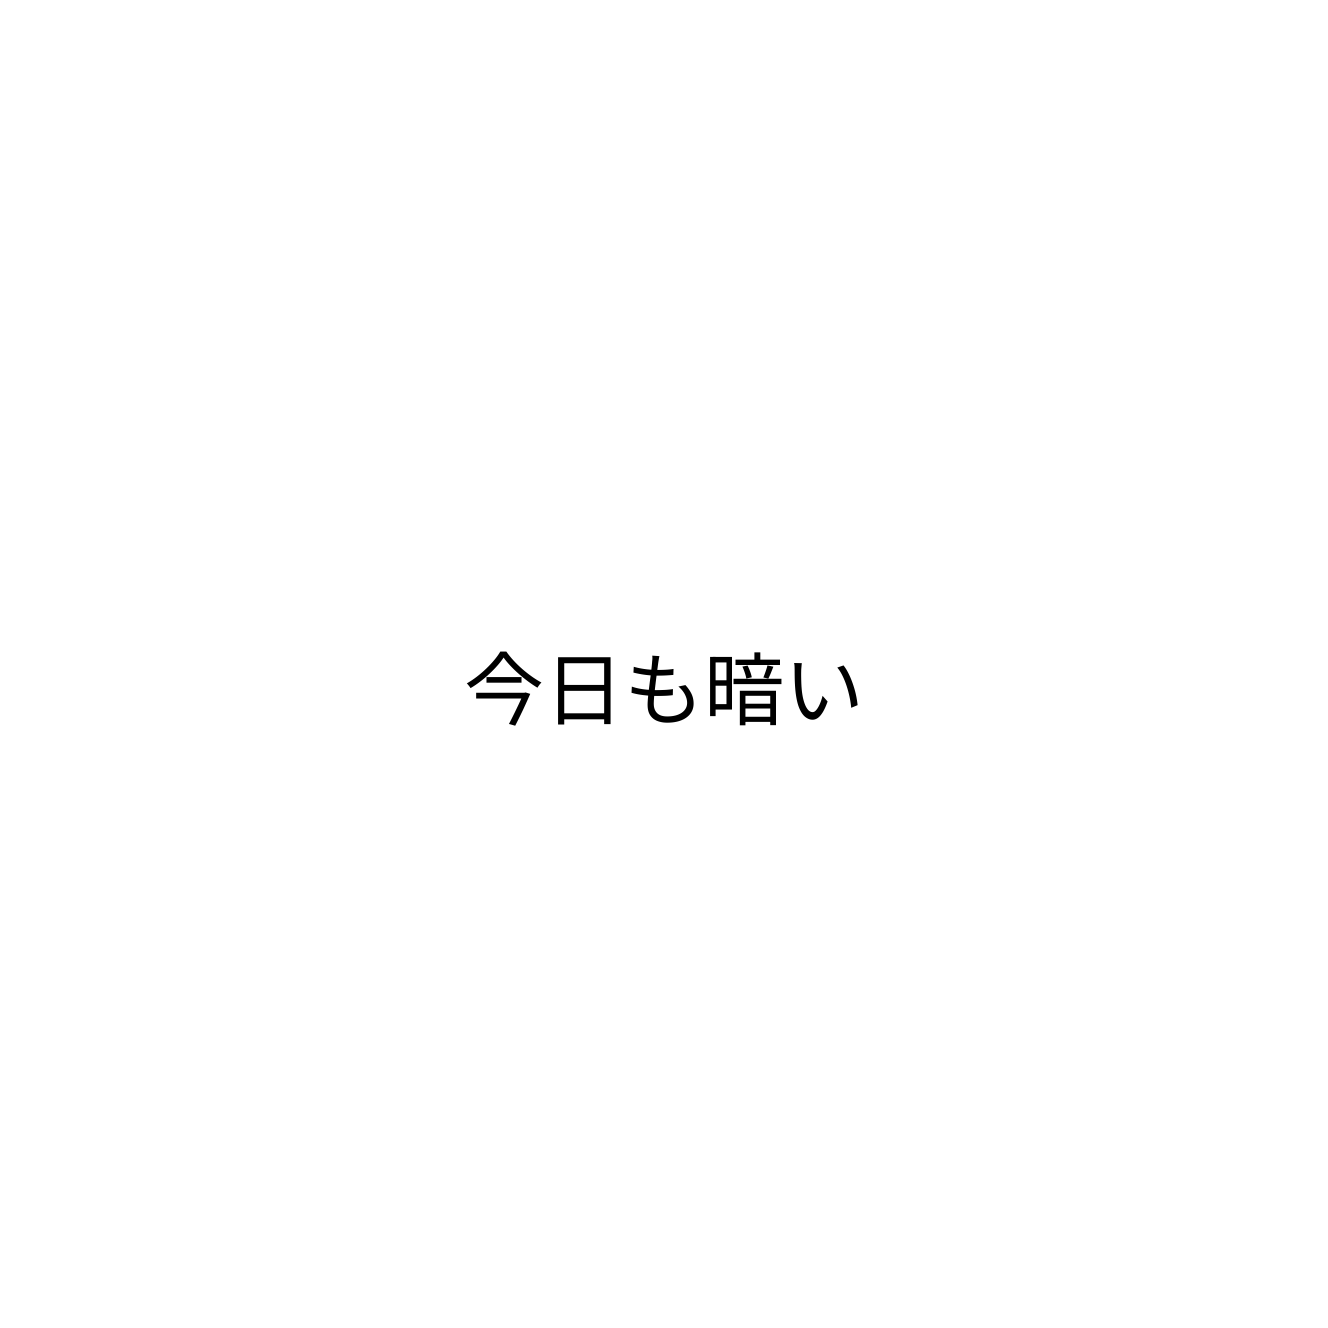
今日も暗い